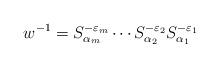
LaTeX: \begin{align*}w^{-1}=S^{-\varepsilon_m}_{\alpha_m}\cdots S^{-\varepsilon_2}_{\alpha_2}S^{-\varepsilon_1}_{\alpha_1}\end{align*}